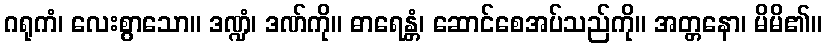
ဂရုကံ၊ လေးစွာသော။ ဒဏ္ဍံ၊ ဒဏ်ကို။ ဓာရေန္တံ၊ ဆောင်စေအပ်သည်ကို။ အတ္တနော၊ မိမိ၏။